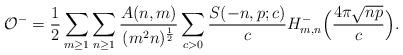
LaTeX: \begin{align*}\mathcal{O}^- = \frac{1}{2} \sum_{m \geq 1} \sum_{n \geq 1} \frac{A(n, m)}{(m^2 n)^{\frac{1}{2}}} \sum_{c > 0} \frac{S(-n, p; c)}{c} H_{m, n}^- \Bigl ( \frac{4 \pi \sqrt{n p}}{c} \Bigr ).\end{align*}